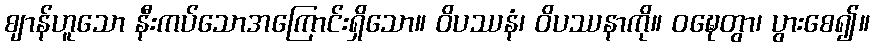
ဈာန်ဟူသော နီးကပ်သောအကြောင်းရှိသော။ ဝိပဿနံ၊ ဝိပဿနာကို။ ဝဍ္ဎေတွာ၊ ပွားစေ၍။